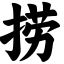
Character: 捞